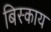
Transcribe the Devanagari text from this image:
बिस्काय